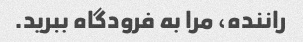
راننده، مرا به فرودگاه ببرید.